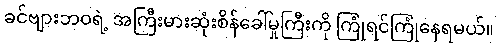
ခင်ဗျားဘဝရဲ့ အကြီးမားဆုံးစိန်ခေါ်မှုကြီးကို ကြုံရင်ကြုံနေရမယ်။